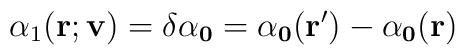
\alpha_1(\bf {r;v})=\delta \alpha_0=\alpha_0({\bf r'})-\alpha_0({\bf r})